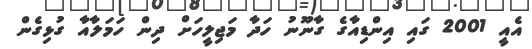
އެއީ 2001 ގައި އިންޑިއާގެ ގާނޫނު ހަދާ މަޖިލީހަށް ދިން ހަމަލާއާ ގުޅިގެން